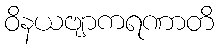
ဝိနယဗျာကရဏာတိ